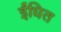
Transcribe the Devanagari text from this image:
ईंधित